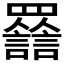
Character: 𦌽